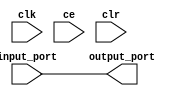
module sysgen_reinterpret_3cf0316996 (
  input [(16 - 1):0] input_port,
  output [(16 - 1):0] output_port,
  input clk,
  input ce,
  input clr);
  wire [(16 - 1):0] input_port_1_40;
  wire signed [(16 - 1):0] output_port_5_5_force;
  assign input_port_1_40 = input_port;
  assign output_port_5_5_force = input_port_1_40;
  assign output_port = output_port_5_5_force;
endmodule